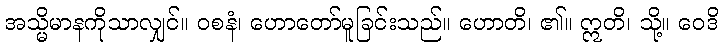
အသ္မိမာနကိုသာလျှင်။ ဝစနံ၊ ဟောတော်မူခြင်းသည်။ ဟောတိ၊ ၏။ ဣတိ၊ သို့။ ဝေဒိ